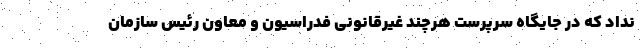
نداد که در جایگاه سرپرست هرچند غیرقانونی فدراسیون و معاون رئیس سازمان